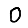
Digit: 0